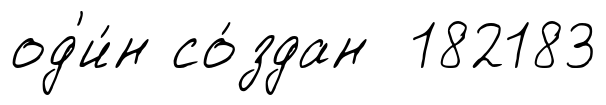
од'и́н со́здан 182183